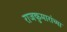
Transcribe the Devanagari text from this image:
राजकुमारांच्या